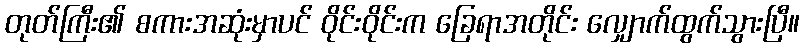
တုတ်ကြီး၏ စကားအဆုံးမှာပင် ဝိုင်းဝိုင်းက ခြေရာအတိုင်း လျှောက်ထွက်သွားပြီ။